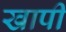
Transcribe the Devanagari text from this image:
खापी